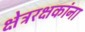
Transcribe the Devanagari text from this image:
क्षेत्ररक्षकांना